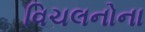
વિચલનોના